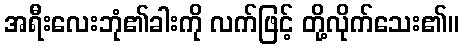
အရီးလေးဘုံ၏ခါးကို လက်ဖြင့် တို့လိုက်သေး၏။